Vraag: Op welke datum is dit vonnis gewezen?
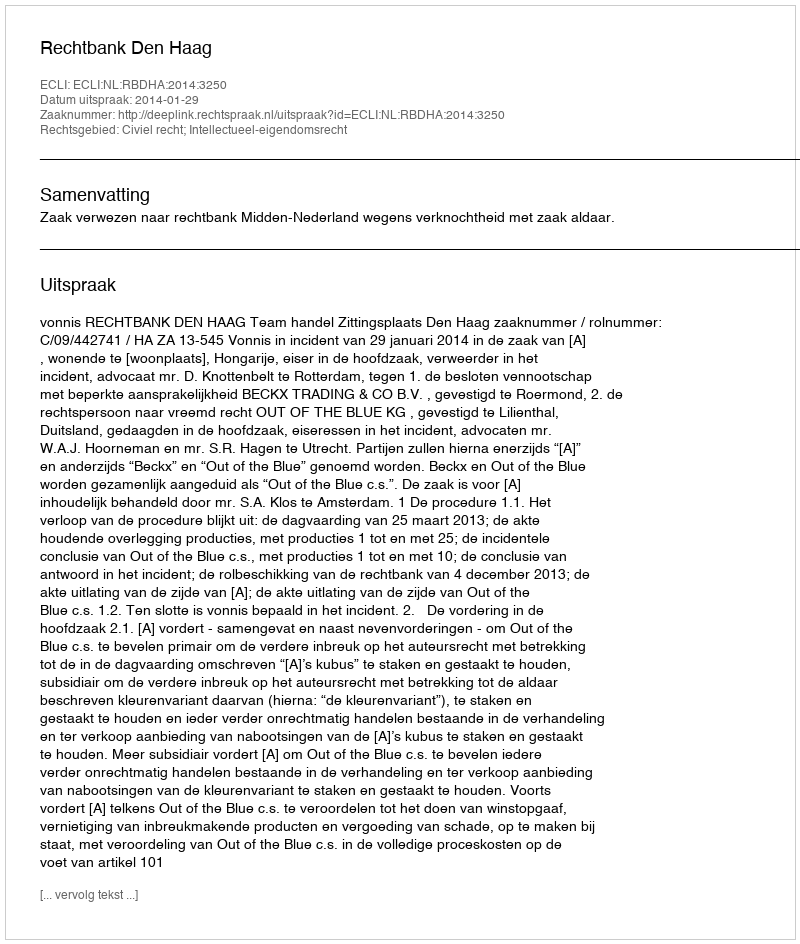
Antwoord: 2014-01-29